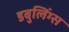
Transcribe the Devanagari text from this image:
डबुलिंग्स